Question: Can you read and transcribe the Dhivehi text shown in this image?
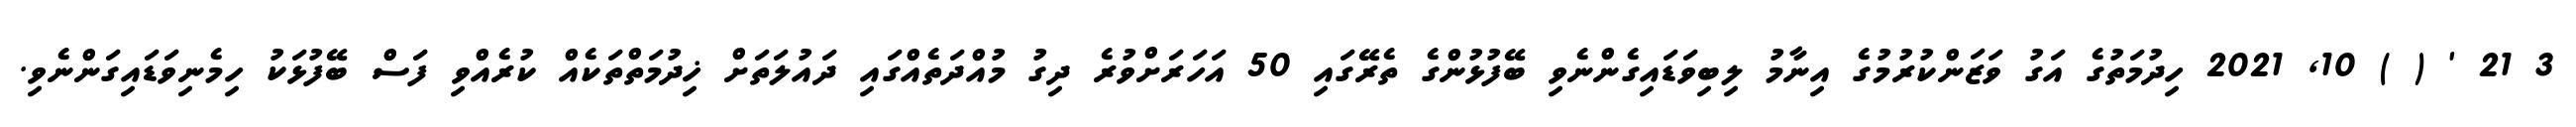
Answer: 3 21 ' ( ) 10, 2021 ހިދުމަތުގެ އަގު ވަޒަންކުރުމުގެ އިނާމު ލިބިވަޑައިގެންނެވި ބޭފުޅުންގެ ތެރޭގައި 50 އަހަރަށްވުރެ ދިގު މުއްދަތެއްގައި ދައުލަތަށް ޚިދުމަތްތަކެއް ކުރެއްވި ފަސް ބޭފުޅަކު ހިމެނިވަޑައިގަންނެވި.